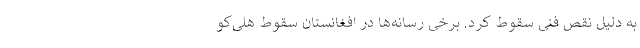
به دلیل نقص فنی سقوط کرد. برخی رسانه‌ها در افغانستان سقوط هلی‌‌کو